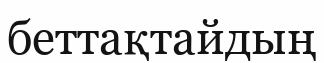
беттақтайдың